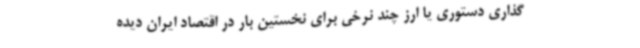
گذاری دستوری یا ارز چند نرخی برای نخستین بار در اقتصاد ایران دیده